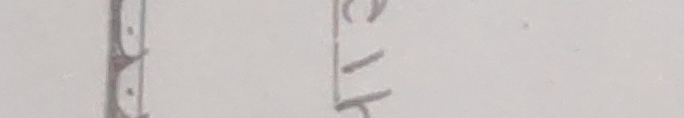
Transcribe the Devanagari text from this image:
गुखु